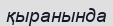
қыранында